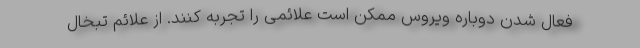
فعال شدن دوباره ویروس ممکن است علائمی را تجربه کنند. از علائم تبخال